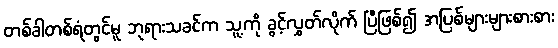
တစ်ခါတစ်ရံတွင်မူ ဘုရားသခင်က သူ့ကို ခွင့်လွှတ်လိုက် ပြီဖြစ်၍ အပြစ်များများစားစား